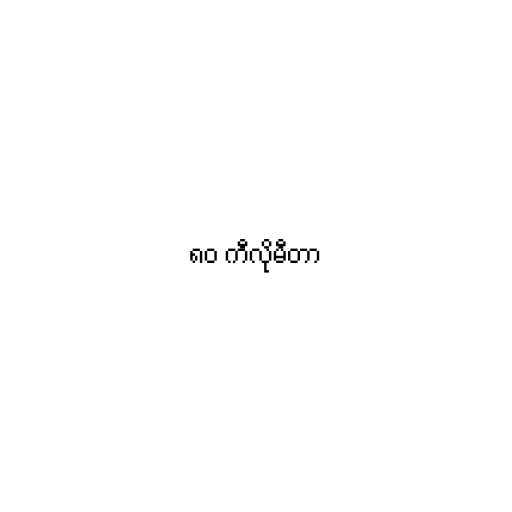
၈၀ ကီလိုမီတာ